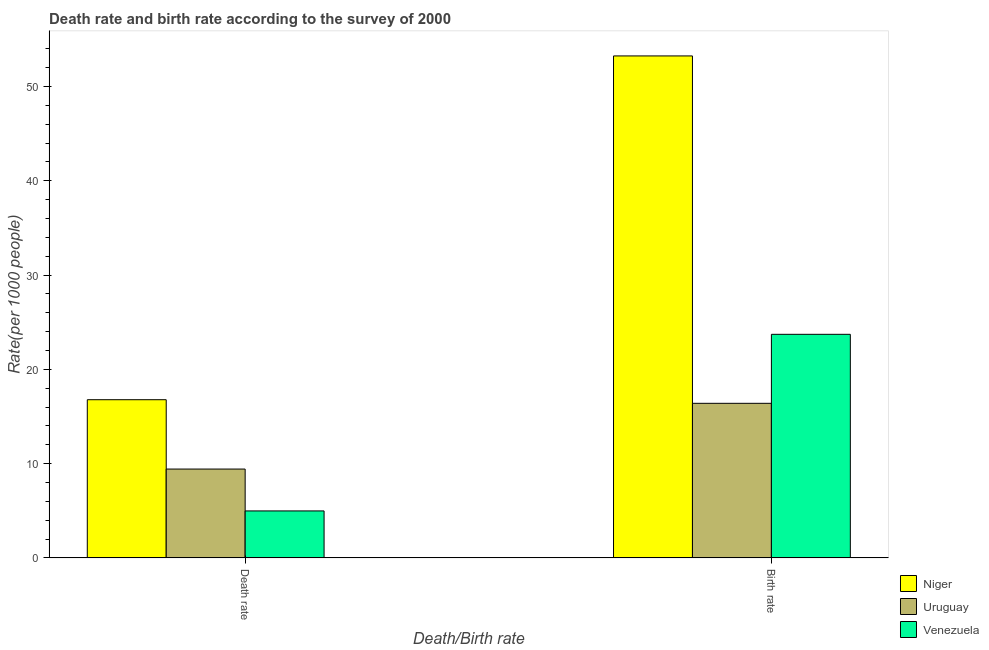
| Death/Birth rate | Niger | Uruguay | Venezuela |
 | --- | --- | --- | --- |
 | Death rate | 16.8 | 9.42 | 4.98 |
 | Birth rate | 53.3 | 16.4 | 23.7 |